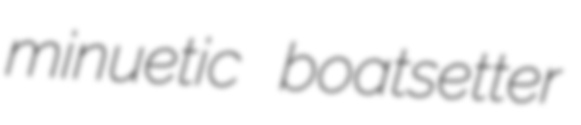
minuetic boatsetter